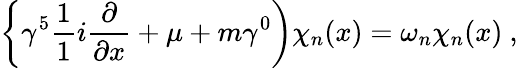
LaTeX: \left\{ \gamma^{5}\frac{1}{1}{i}\frac{\partial}{\partial x}+\mu+m\gamma^{0}\right)\chi_{n}(x)=\omega_{n}\chi_{n}(x)\ ,